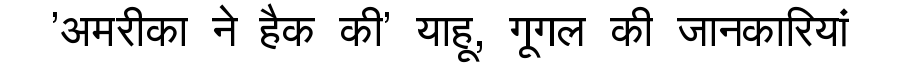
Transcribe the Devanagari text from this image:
'अमरीका ने हैक की' याहू, गूगल की जानकारियां